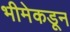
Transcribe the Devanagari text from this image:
भीमेकडून